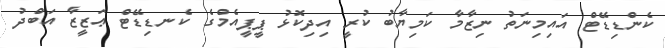
ކެންޑިޑޭޓް އައިމިނަތު ނިޒާމާ ކަމިޔާބު ކުރީ އިދިކޮޅު ޕީޕީއެމްގެ ކެނޑިޑޭޓް ޢަޒީޒާ އަބްދު